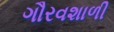
ગૌરવશાળી